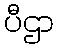
ပီဌာ